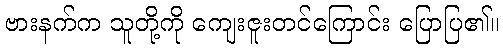
ဗားနက်က သူတို့ကို ကျေးဇူးတင်ကြောင်း ပြောပြ၏။